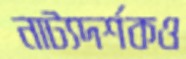
নাট্যদর্শকও